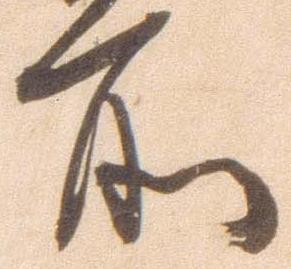
所